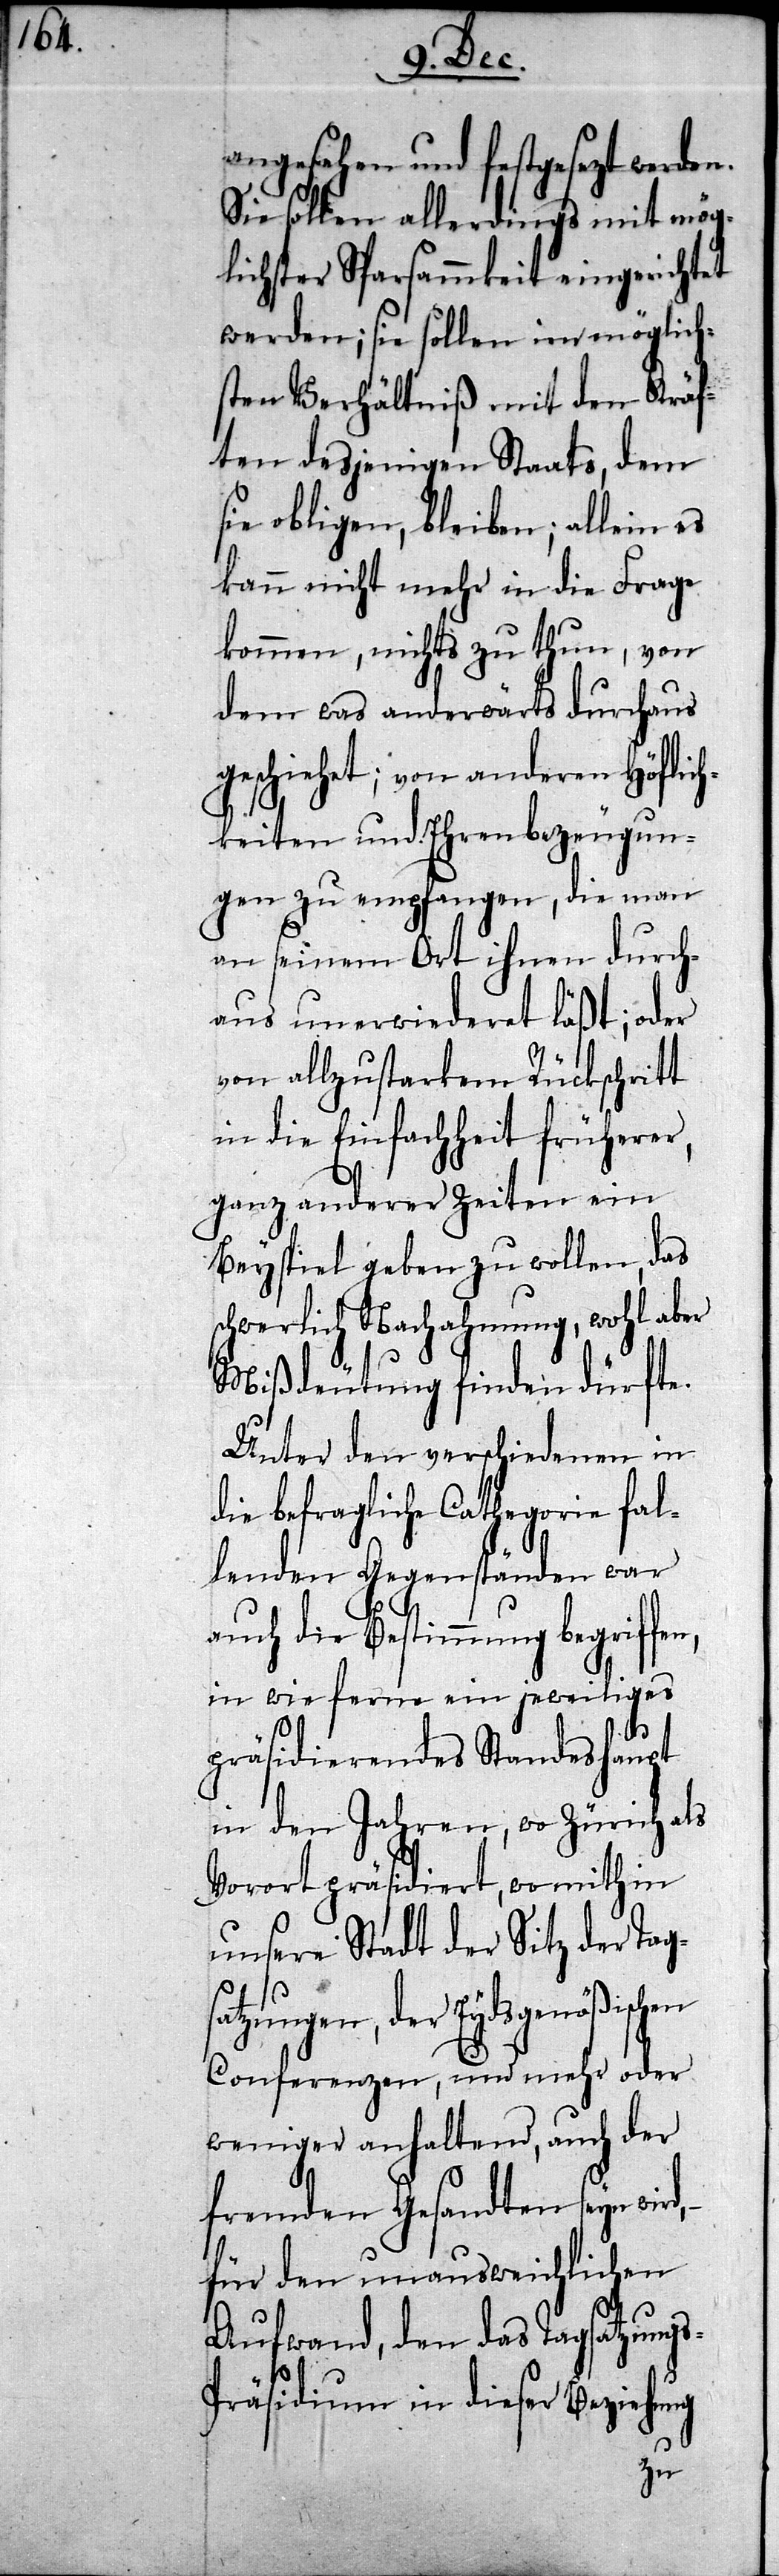
angesehen und festgesetzt werden.
Sie sollen allerdings mit mög¬
lichster Sparsammkeit eingerichtet
werden; sie sollen im möglich¬
sten Verhältniß mit den Kräf¬
ten desjenigen Staats, dem
sie obligen, bleiben; allein es
kann nicht mehr in die Frage
von
kommen, nichts zu thun,
dem was anderwärts durchaus
geschiehet; von anderen Höflic¬
hkeiten und Ehrenbezeugun¬
gen zu empfangen, die man
s-P¬
an seinem Ort ihnen
aus unerwiederet läßt; oder
von allzustarkem Rückschri¬
in die Einfachheit früherer,
en,
ganz anderer Zeiten
Beyspiel geben zu wollen, das
wohl aber
schwerlich Nachahmung,
Mißdeutung finden dürfte.
Unter den verschiedenen in
die befragliche Cathegorie fal¬
lenden Gegenständen war
auch die Bestimmung begriff¬
in wie ferne ein jeweiliges
präsidierendes Standeshaupt
in den Jahren, wo Zürich als
Vorort präsidiert, wo mithin
unsere Stadt der Sitz der Tag¬
tzungen, der Eydsgenößischen
Conferenzen, und mehr oder
weniger anhaltend, auch der
fremden Gesandten seyn wird,
für den unausweichlichen
Aufwand, den das Tagsatzung¬
räsidium in dieser Beziehung